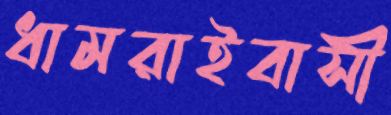
ধামরাইবাসী